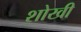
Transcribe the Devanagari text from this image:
शोखी